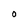
Character: O